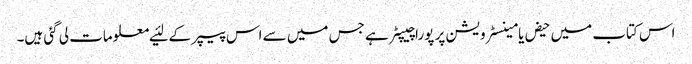
اس کتاب میں‌ حیض یا مینسٹرویشن پر پورا چیپٹر ہے جس میں‌ سے اس پیپر کے لئیے معلومات لی گئی ہیں۔